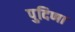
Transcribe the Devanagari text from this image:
पुदिणा